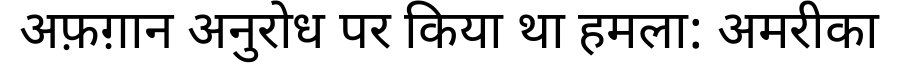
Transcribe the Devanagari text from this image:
अफ़ग़ान अनुरोध पर किया था हमला: अमरीका